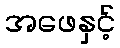
အဖေနှင့်